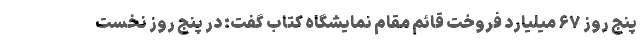
پنج روز ۶۷ میلیارد فروخت قائم مقام نمایشگاه کتاب گفت: در پنج روز نخست